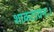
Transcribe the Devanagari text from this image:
शाकटायनः।